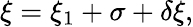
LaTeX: \xi=\xi_{1}+\sigma+\delta\xi,